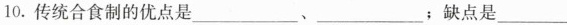
10.传统合食制的优点是\underline、\underline；缺点是